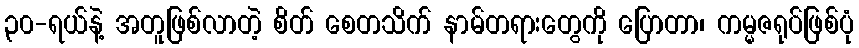
၃၀-ရယ်နဲ့ အတူဖြစ်လာတဲ့ စိတ် စေတသိက် နာမ်တရားတွေကို ပြောတာ၊ ကမ္မဇရုပ်ဖြစ်ပုံ